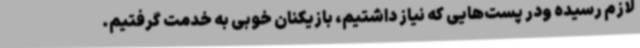
لازم رسیده ودر پست‌هایی که نیاز داشتیم، بازیکنان خوبی به خدمت گرفتیم.